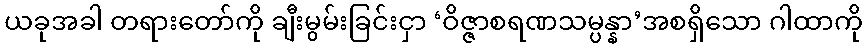
ယခုအခါ တရားတော်ကို ချီးမွမ်းခြင်းငှာ ‘ဝိဇ္ဇာစရဏသမ္ပန္နာ’အစရှိသော ဂါထာကို